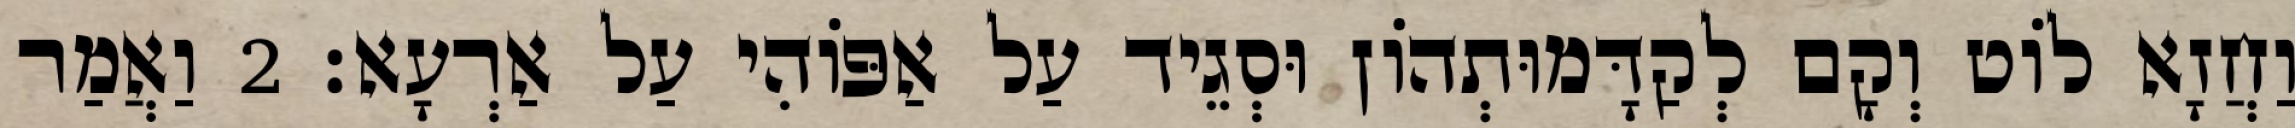
וַחֲזָא לוֹט וְקָם לְקַדָּמוּתְהוֹן וּסְגֵיד עַל אַפּוֹהִי עַל אַרְעָא׃ 2 וַאֲמַר